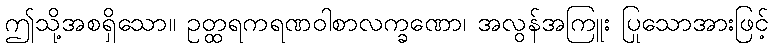
ဤသို့အစရှိသော။ ဥတ္ထရကရဏဝါစာလက္ခဏော၊ အလွန်အကြူး ပြုသောအားဖြင့်